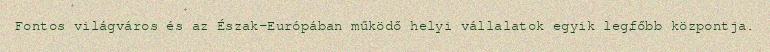
Fontos világváros és az Észak-Európában működő helyi vállalatok egyik legfőbb központja.